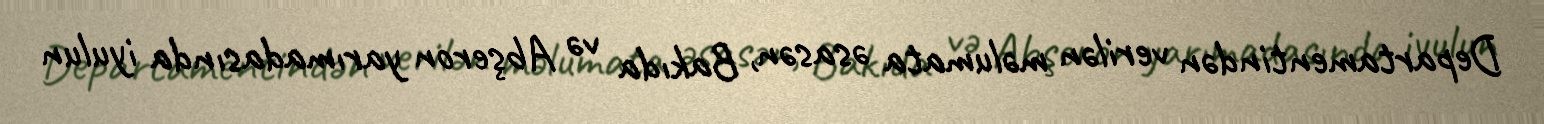
Departamentindən verilən məlumata əsasən, Bakıda və Abşeron yarımadasında iyulun